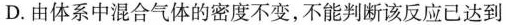
D.由体系中混合气体的密度不变，不能判断该反应已达到